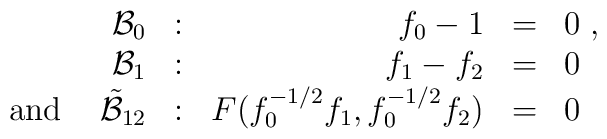
\begin{array}{rrrll}{\cal B}_{0}&:&f_{0}-1&=&0\;,\\{\cal B}_{1}&:&f_{1}-f_{2}&=&0\\\mbox{ and }\;\;\;\tilde{\cal B}_{12}&:&F(f_{0}^{-1/2}f_{1},f_{0}^{-1/2}f_{2})&=&0\end{array}